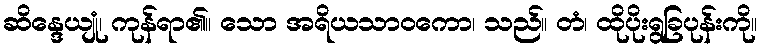
ဆိန္ဒေယျုံ၊ ကုန်ရာ၏။ သော အရိယသာဝကော၊ သည်။ တံ၊ ထိုပိုးရွခြပုန်းကို။